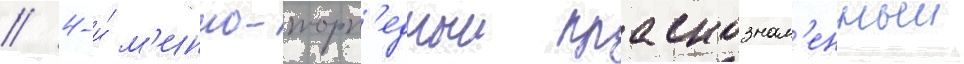
// 4-и́ м'инно-торп'едныи краснознам'енныи